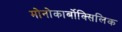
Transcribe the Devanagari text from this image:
मोनोकार्बोक्सिलिक